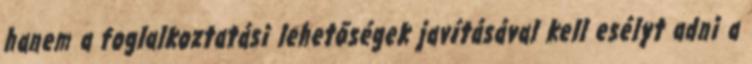
hanem a foglalkoztatási lehetőségek javításával kell esélyt adni a